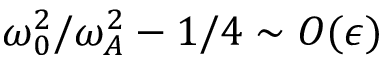
\omega _ { 0 } ^ { 2 } / \omega _ { A } ^ { 2 } - 1 / 4 \sim O ( \epsilon )